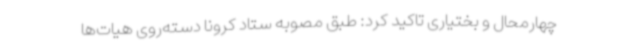
چهارمحال و بختیاری تاکید کرد: طبق مصوبه ستاد کرونا دسته‌روی هیات‌ها